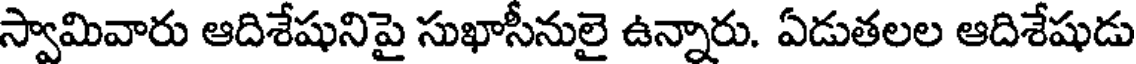
స్వామివారు ఆదిశేషునిపై సుఖాసీనులై ఉన్నారు. ఏడుతలల ఆదిశేషుడు